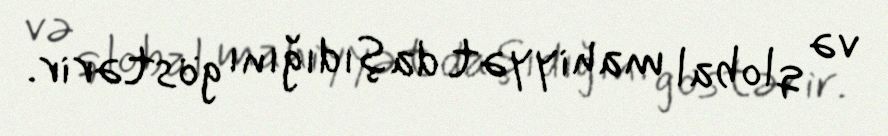
və qlobal mahiyyət daşıdığını göstərir.